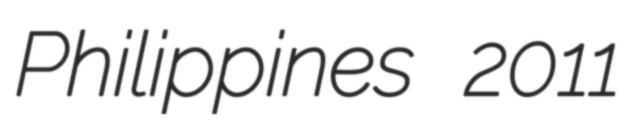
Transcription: Philippines 2011